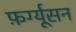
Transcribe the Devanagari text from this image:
फ़र्ग्यूसन